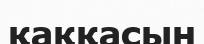
қаққасын